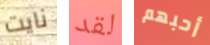
نايت لقد أحبهم